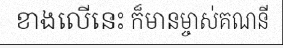
ខាងលើនេះ ក៏មានម្ចាស់គណនី